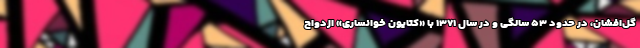
گل‌افشان، در حدود ۵۳ سالگی و در سال ۱۳۷۱ با «کتایون خوانساری» ازدواج